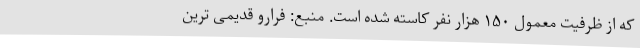
که از ظرفیت معمول ۱۵۰ هزار نفر کاسته شده است. منبع: فرارو قدیمی ترین